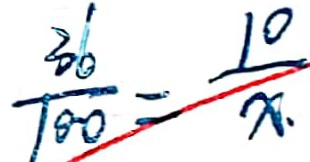
\frac { 3 6 } { 1 0 0 } = \frac { 1 0 } { x . }